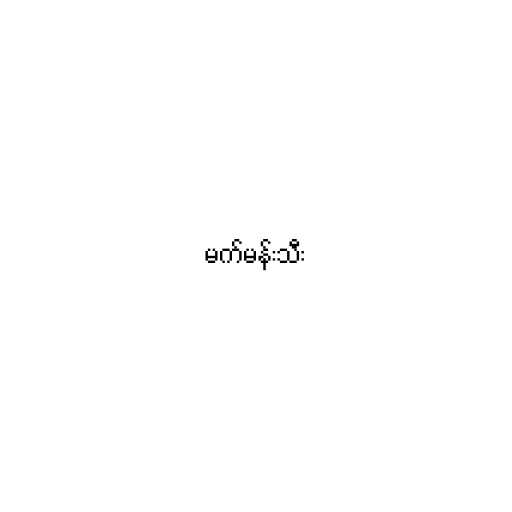
မက်မန်းသီး